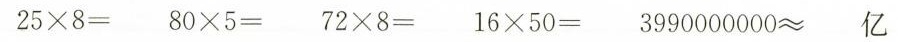
$$2 5 \times 8 =$$ $$8 0 \times 5 =$$ $$7 2 \times 8 =$$ $$1 6 \times 5 0 =$$ $$3 9 9 0 0 0 0 0 0 0 ≈ 亿$$